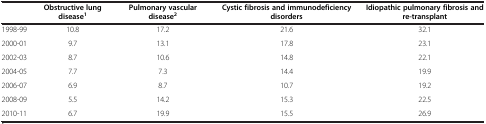
<table><thead><tr><td><b> </b></td><td><b>Obstructive lung disease<sup>1</sup></b></td><td><b>Pulmonary vascular disease<sup>2</sup></b></td><td><b>Cystic fibrosis and immunodeficiency disorders</b></td><td><b>Idiopathic pulmonary fibrosis and re-transplant</b></td></tr></thead><tbody><tr><td>1998-99</td><td>10.8</td><td>17.2</td><td>21.6</td><td>32.1</td></tr><tr><td>2000-01</td><td>9.7</td><td>13.1</td><td>17.8</td><td>23.1</td></tr><tr><td>2002-03</td><td>8.7</td><td>10.6</td><td>14.8</td><td>22.1</td></tr><tr><td>2004-05</td><td>7.7</td><td>7.3</td><td>14.4</td><td>19.9</td></tr><tr><td>2006-07</td><td>6.9</td><td>8.7</td><td>10.7</td><td>19.2</td></tr><tr><td>2008-09</td><td>5.5</td><td>14.2</td><td>15.3</td><td>22.5</td></tr><tr><td>2010-11</td><td>6.7</td><td>19.9</td><td>15.5</td><td>26.9</td></tr></tbody></table>